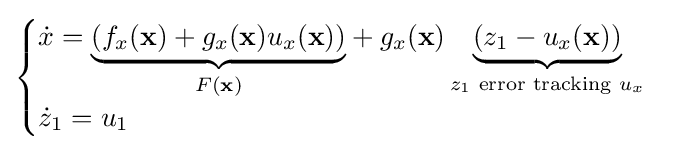
{\begin{cases}{\dot {x}}={\mathord {\underbrace {\left(f_{x}(\mathbf {x} )+g_{x}(\mathbf {x} )u_{x}(\mathbf {x} )\right)} _{F(\mathbf {x} )}}}+g_{x}(\mathbf {x} )\underbrace {\left(z_{1}-u_{x}(\mathbf {x} )\right)} _{z_{1}{\text{ error tracking }}u_{x}}\\{\dot {z}}_{1}=u_{1}\end{cases}}